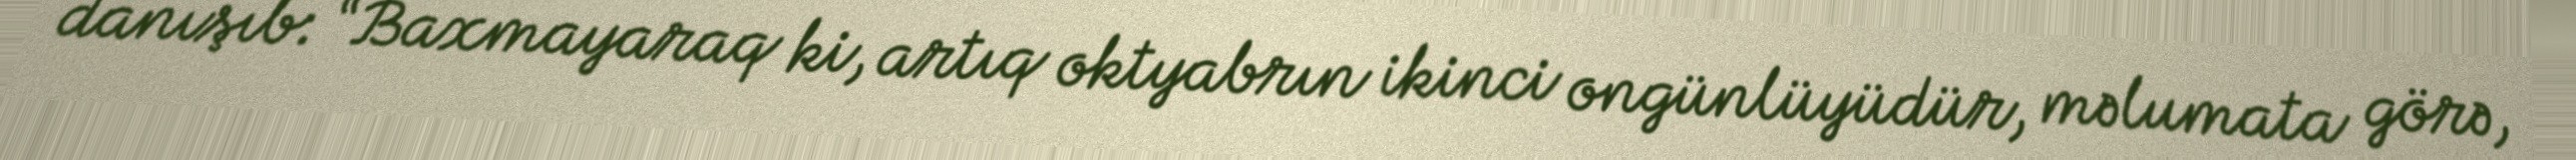
danışıb: “Baxmayaraq ki, artıq oktyabrın ikinci ongünlüyüdür, məlumata görə,